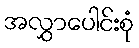
အလွှာပေါင်းစုံ